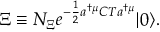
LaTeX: \Xi \equiv { \cal N } _ { \Xi } e ^ { - \frac { 1 } { 2 } a ^ { \dagger \mu } C T a ^ { \dagger \mu } } | 0 \rangle .